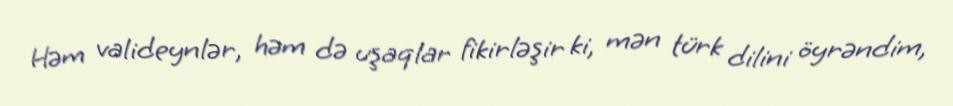
Həm valideynlər, həm də uşaqlar fikirləşir ki, mən türk dilini öyrəndim,